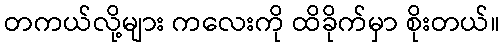
တကယ်လို့များ ကလေးကို ထိခိုက်မှာ စိုးတယ်။